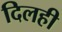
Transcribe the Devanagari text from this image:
दिलही